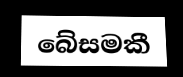
බේසමකී